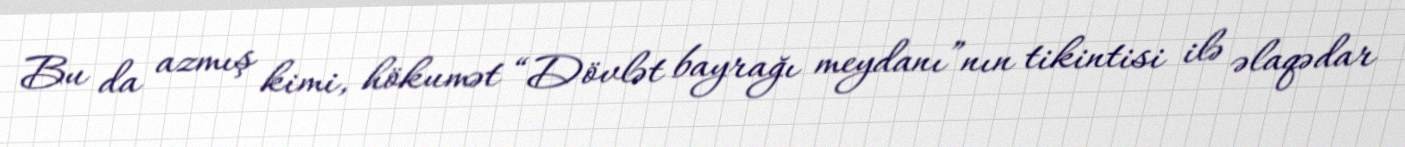
Bu da azmış kimi, hökumət “Dövlət bayrağı meydanı”nın tikintisi ilə əlaqədar